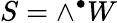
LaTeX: S=\wedge^{\bullet}W